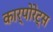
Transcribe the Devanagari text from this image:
कार्पोरेट्स